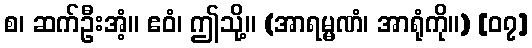
စ၊ ဆက်ဦးအံ့။ ဧဝံ၊ ဤသို့။ (အာရမ္မဏံ၊ အာရုံကို။) [၀၇]